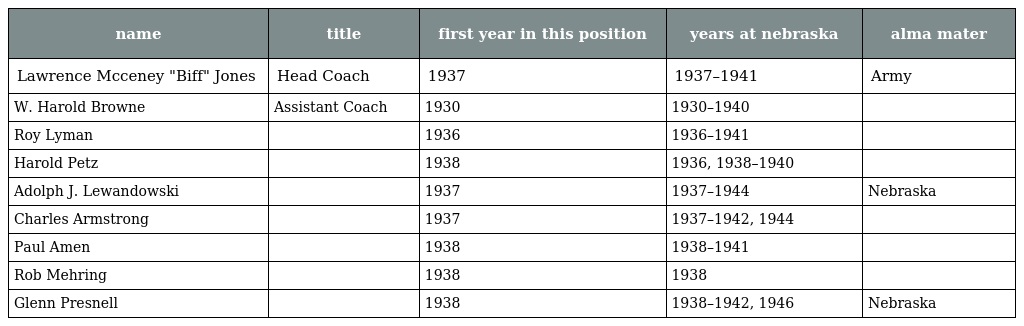
| name | title | first year in this position | years at nebraska | alma mater |
 | --- | --- | --- | --- | --- |
 | Lawrence Mcceney "Biff" Jones | Head Coach | 1937 | 1937–1941 | Army |
 | W. Harold Browne | Assistant Coach | 1930 | 1930–1940 |  |
 | Roy Lyman |  | 1936 | 1936–1941 |  |
 | Harold Petz |  | 1938 | 1936, 1938–1940 |  |
 | Adolph J. Lewandowski |  | 1937 | 1937–1944 | Nebraska |
 | Charles Armstrong |  | 1937 | 1937–1942, 1944 |  |
 | Paul Amen |  | 1938 | 1938–1941 |  |
 | Rob Mehring |  | 1938 | 1938 |  |
 | Glenn Presnell |  | 1938 | 1938–1942, 1946 | Nebraska |